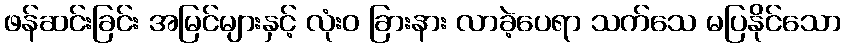
ဖန်ဆင်းခြင်း အမြင်များနှင့် လုံးဝ ခြားနား လာခဲ့ပေရာ သက်သေ မပြနိုင်သော